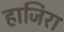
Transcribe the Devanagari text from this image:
हाजिरा